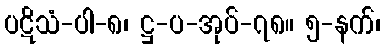
ပဋိသံ-ပါ-၈၊ ဋ္ဌ-ပ-အုပ်-၇၈။ ၅-နက်၊